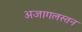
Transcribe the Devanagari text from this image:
अजागलस्तन